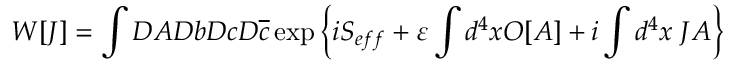
W [ J ] = \int D A D b D c D \overline { { { c } } } \exp \left\{ i S _ { e f f } + \varepsilon \int d ^ { 4 } x O [ A ] + i \int d ^ { 4 } x \; J A \right\}